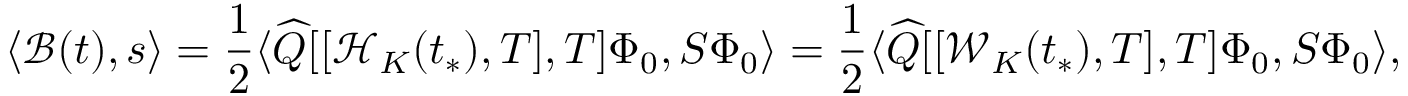
\langle \mathcal { B } ( t ) , s \rangle = \frac { 1 } { 2 } \langle \widehat { Q } [ [ \mathcal { H } _ { K } ( t _ { * } ) , T ] , T ] \Phi _ { 0 } , S \Phi _ { 0 } \rangle = \frac { 1 } { 2 } \langle \widehat { Q } [ [ \mathcal { W } _ { K } ( t _ { * } ) , T ] , T ] \Phi _ { 0 } , S \Phi _ { 0 } \rangle ,